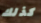
كذلك